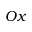
O x